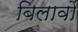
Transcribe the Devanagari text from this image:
बिलावों